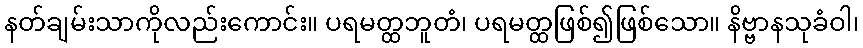
နတ်ချမ်းသာကိုလည်းကောင်း။ ပရမတ္ထဘူတံ၊ ပရမတ္ထဖြစ်၍ဖြစ်သော။ နိဗ္ဗာနသုခံဝါ၊